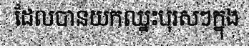
ដែលបានយកឈ្នះបុរសៗក្នុង